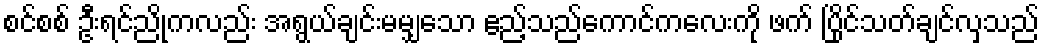
စင်စစ် ဦးရင်ညိုကလည်း အရွယ်ချင်းမမျှသော ဧည့်သည်ကောင်ကလေးကို ဖက် ပြိုင်သတ်ချင်လှသည်